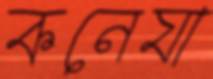
কনেযা